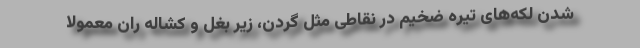
شدن لکه‌های تیره ضخیم در نقاطی مثل گردن، زیر بغل و کشاله ران معمولا